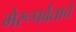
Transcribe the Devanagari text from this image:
मेरूपर्वताचे